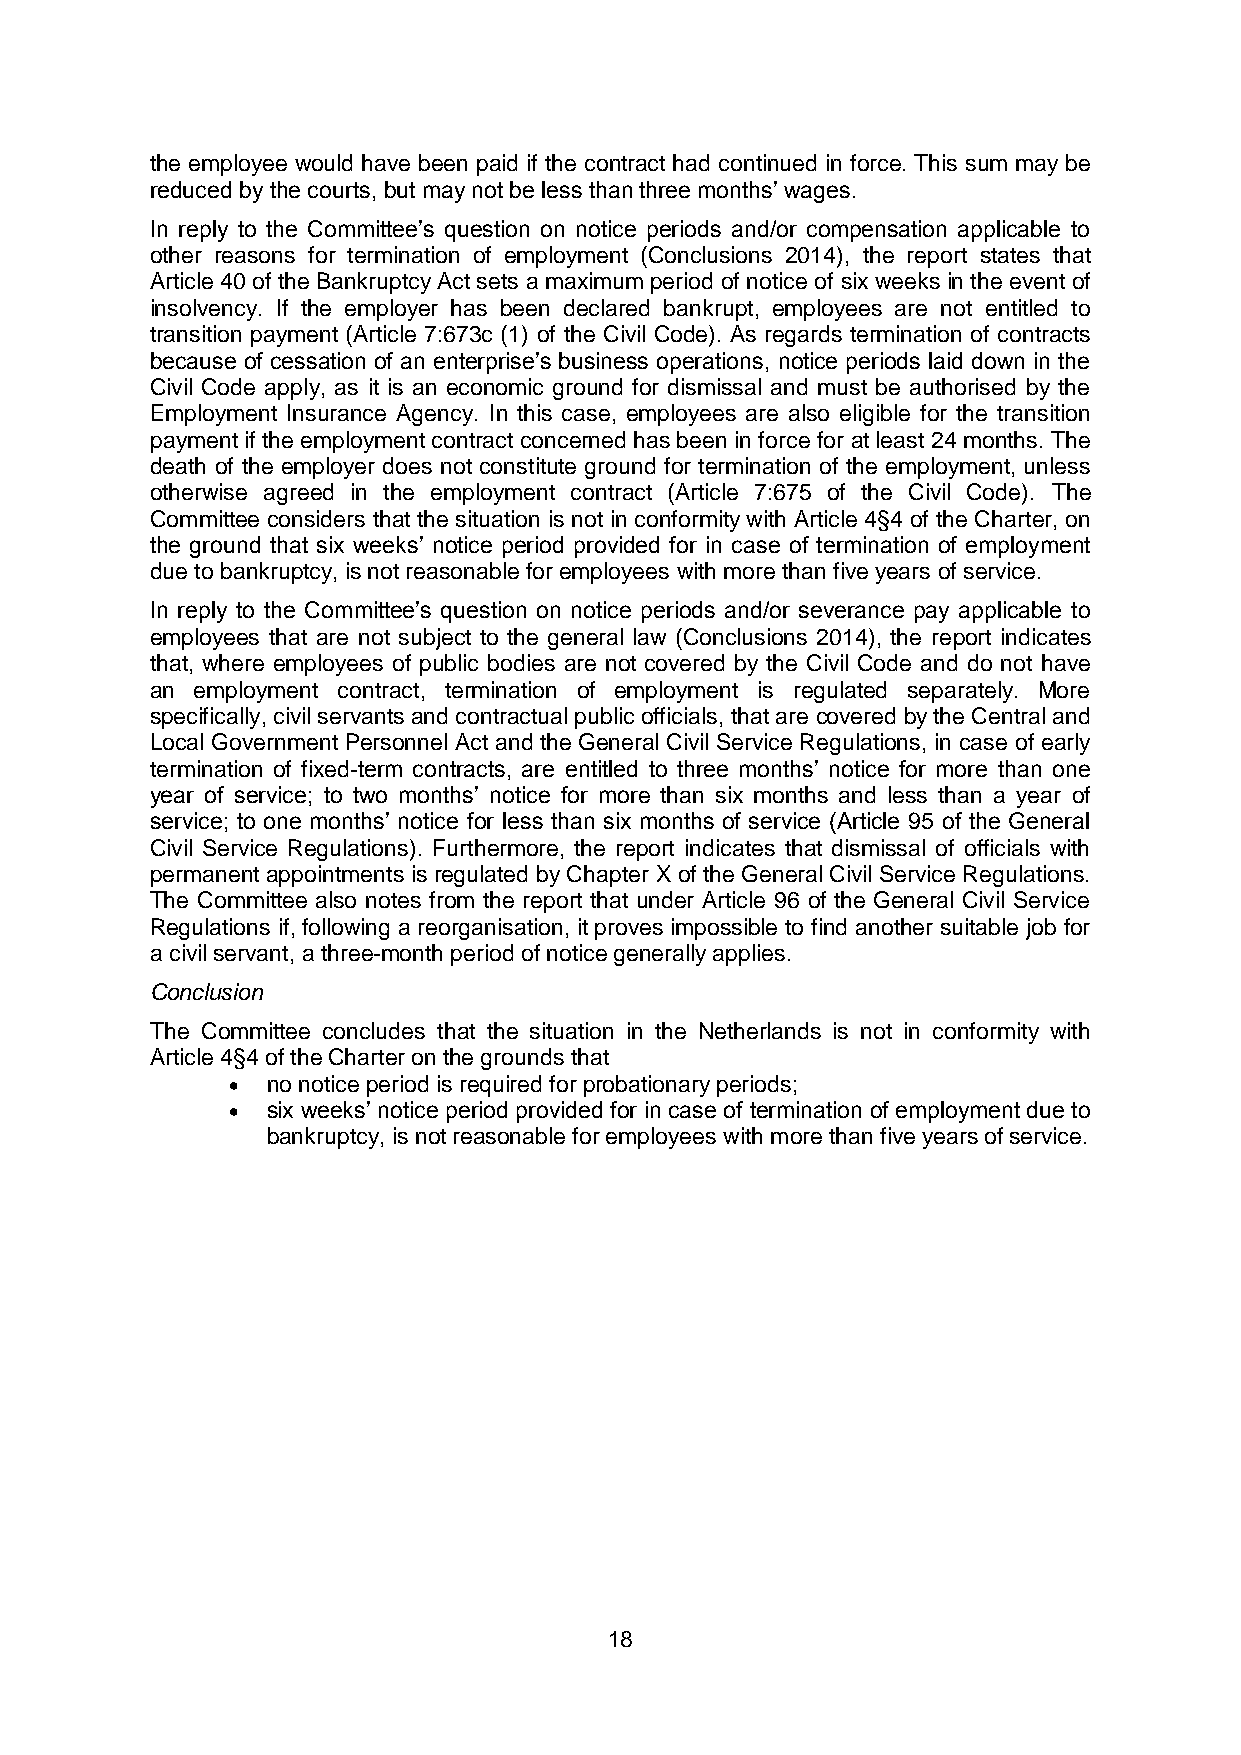
the employee would have been paid if the contract had continued in force. This sum may be
 reduced by the courts, but may not be less than three months’ wages.
 In reply to the Committee’s question on notice periods and/or compensation applicable to
 other reasons for termination of employment (Conclusions 2014), the report states that
 Article 40 of the Bankruptcy Act sets a maximum period of notice of six weeks in the event of
 insolvency. If the employer has been declared bankrupt, employees are not entitled to
 transition payment (Article 7:673c (1) of the Civil Code). As regards termination of contracts
 because of cessation of an enterprise’s business operations, notice periods laid down in the
 Civil Code apply, as it is an economic ground for dismissal and must be authorised by the
 Employment Insurance Agency. In this case, employees are also eligible for the transition
 payment if the employment contract concerned has been in force for at least 24 months. The
 death of the employer does not constitute ground for termination of the employment, unless
 otherwise agreed in the employment contract (Article 7:675 of the Civil Code). The
 Committee considers that the situation is not in conformity with Article 4§4 of the Charter, on
 the ground that six weeks’ notice period provided for in case of termination of employment
 due to bankruptcy, is not reasonable for employees with more than five years of service.
 In reply to the Committee’s question on notice periods and/or severance pay applicable to
 employees that are not subject to the general law (Conclusions 2014), the report indicates
 that, where employees of public bodies are not covered by the Civil Code and do not have
 an employment contract, termination of employment is regulated separately. More
 specifically, civil servants and contractual public officials, that are covered by the Central and
 Local Government Personnel Act and the General Civil Service Regulations, in case of early
 termination of fixed-term contracts, are entitled to three months’ notice for more than one
 year of service; to two months’ notice for more than six months and less than a year of
 service; to one months’ notice for less than six months of service (Article 95 of the General
 Civil Service Regulations). Furthermore, the report indicates that dismissal of officials with
 permanent appointments is regulated by Chapter X of the General Civil Service Regulations.
 The Committee also notes from the report that under Article 96 of the General Civil Service
 Regulations if, following a reorganisation, it proves impossible to find another suitable job for
 a civil servant, a three-month period of notice generally applies.
 Conclusion
 The Committee concludes that the situation in the Netherlands is not in conformity with
 Article 4§4 of the Charter on the grounds that
   no notice period is required for probationary periods;
   six weeks’ notice period provided for in case of termination of employment due to
 bankruptcy, is not reasonable for employees with more than five years of service.
 18